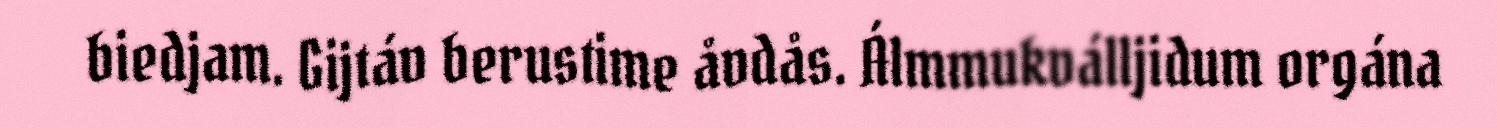
biedjam. Gijtáv berustime åvdås. Álmmukválljidum orgána